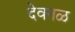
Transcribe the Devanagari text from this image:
देवनळ